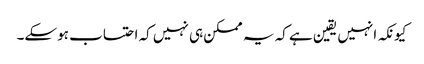
کیونکہ انہیں یقین ہے کہ یہ ممکن ہی نہیں کہ احتساب ہوسکے۔